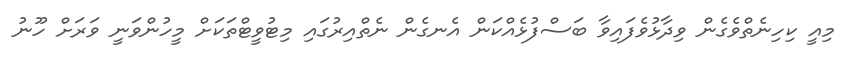
މިއީ ކިހިނެތްވެގެން ވިދާޅުވެފައިވާ ބަސްފުޅެއްކަން އެނގެން ނެތްއިރުގައި މިޓުވީޓްތަކަށް މީހުންވަނީ ވަރަށް ހޫނު